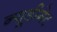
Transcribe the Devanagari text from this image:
न्यूडीगेट